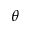
\theta